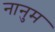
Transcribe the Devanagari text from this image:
नानुम